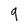
Character: 9